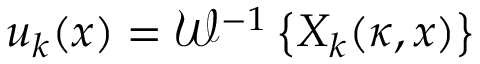
u _ { k } ( x ) = \mathcal { W } ^ { - 1 } \left\{ X _ { k } ( \kappa , x ) \right\}